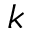
k